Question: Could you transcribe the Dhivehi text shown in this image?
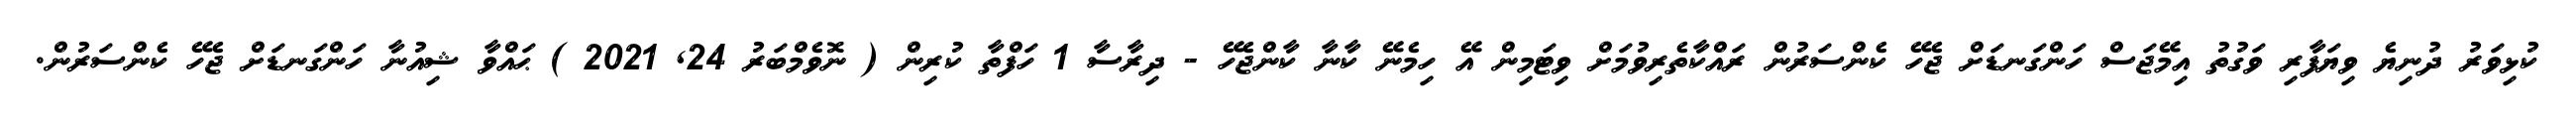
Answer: ކުޅިވަރު ދުނިޔެ ވިޔަފާރި ވަގުތު އިމޭޖަސް ހަންގަނޑަށް ޖެހޭ ކެންސަރުން ރައްކާތެރިވުމަށް ވިޓަމިން އޭ ހިމެނޭ ކާނާ ކާންޖެހޭ - ދިރާސާ 1 ހަފްތާ ކުރިން ( ނޮވެމްބަރު 24, 2021 ) ޙައްވާ ޝިއުނާ ހަންގަނޑަށް ޖެހޭ ކެންސަރުން.